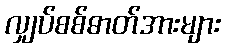
လျှပ်စစ်ဓာတ်အားများ